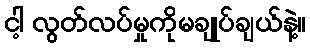
ငါ့ လွတ်လပ်မှုကိုမချုပ်ချယ်နဲ့။